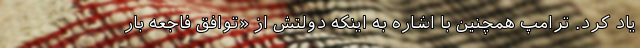
یاد کرد. ترامپ همچنین با اشاره به اینکه دولتش از «توافق فاجعه بار